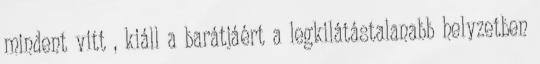
mindent vitt , kiáll a barátjáért a legkilátástalanabb helyzetben